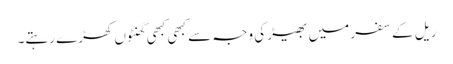
ریل کے سفر میں بھیڑ کی وجہ سے کبھی کبھی گھنٹوں کھڑے رہتے۔